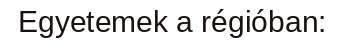
Egyetemek a régióban: